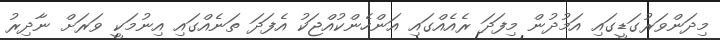
މިދަންވަރުގަޑީގައި އަމުދުން މިފަދަ ރެއެއްގައި އަންހެންކުއްޖަކު އެފަދަ ތަނެއްގައި އިނުމަކީ ވަރަށް ނާދިރު